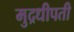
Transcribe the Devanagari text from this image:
मुद्रधीपती